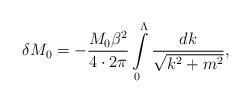
LaTeX: \begin{align*}\delta M_0=-\frac{M_0\beta^2}{4\cdot2\pi}\int\limits_0^\Lambda\frac{dk}{\sqrt{k^2+m^2}},\end{align*}